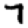
Digit: 7